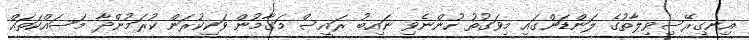
އިނގިރޭސިވިލާތުގެ ލަންޑަންގައި މިވަގުތު ހުންނެވި ނައިބު ރައީސް މަގާމުން ވަކިކުރަން ކުރަމުންދާ މަސައްކަތައް